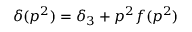
\delta ( p ^ { 2 } ) = \delta _ { 3 } + p ^ { 2 } f ( p ^ { 2 } )